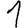
Digit: 1